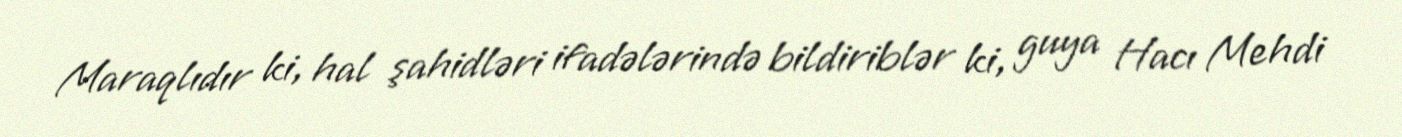
Maraqlıdır ki, hal şahidləri ifadələrində bildiriblər ki, guya Hacı Mehdi